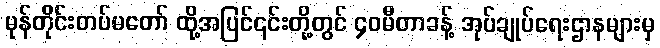
မုန်တိုင်းတပ်မတော် ထို့အပြင်၎င်းတို့တွင် ၄၀မီတာခန့် အုပ်ချုပ်ရေးဌာနများမှ